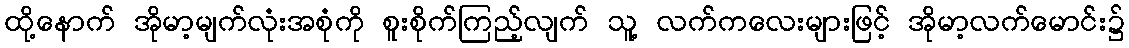
ထို့နောက် အိုမာ့မျက်လုံးအစုံကို စူးစိုက်ကြည့်လျက် သူ့ လက်ကလေးများဖြင့် အိုမာ့လက်မောင်း၌